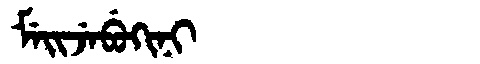
Manchu: ᠮᡝᡳᠵᡝᠪᡠᡴᡳᠨᡳ
Romanization: MEIJEBUKINI